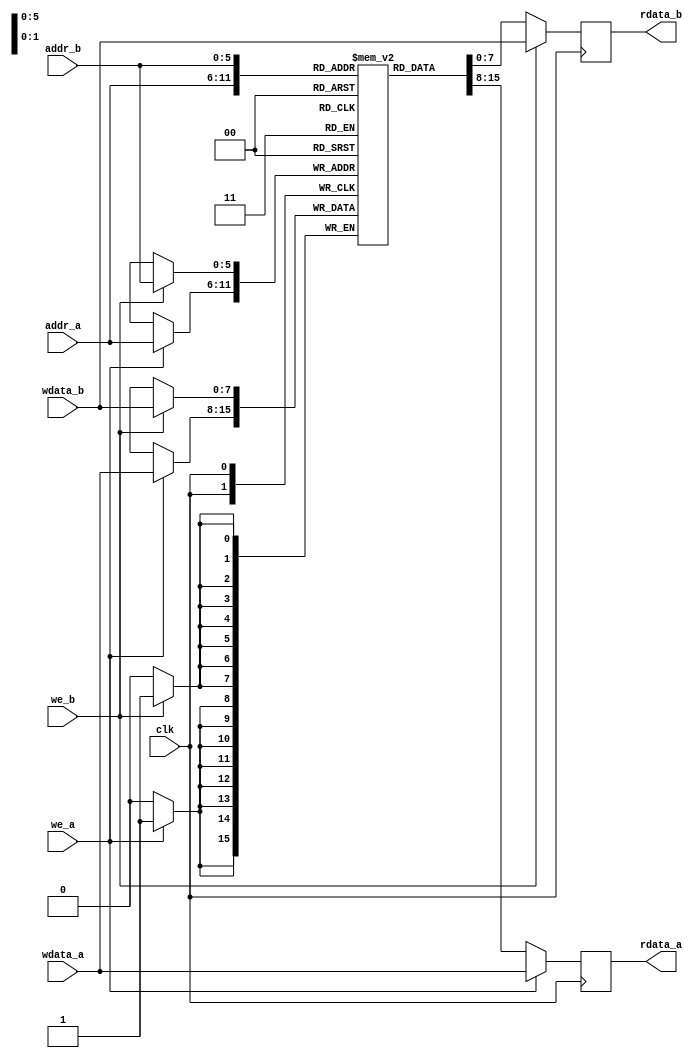
module dpram
#(parameter DATA_WIDTH = 8, ADDR_WIDTH = 6)
(
	input [(DATA_WIDTH-1):0] wdata_a, wdata_b,
	input [(ADDR_WIDTH-1):0] addr_a, addr_b,
	input we_a, we_b, clk,
	output reg [(DATA_WIDTH-1):0] rdata_a, rdata_b
);


	// Declare the RAM variable
	reg [DATA_WIDTH-1:0] ram[2**ADDR_WIDTH-1:0];

	always @ (posedge clk)
	begin // Port a
		if (we_a)
		begin
			ram[addr_a] <= wdata_a;
			rdata_a <= wdata_a;
		end
		else
			rdata_a <= ram[addr_a];
	end
	always @ (posedge clk)
	begin // Port b
		if (we_b)
		begin
			ram[addr_b] <= wdata_b;
			rdata_b <= wdata_b;
		end
		else
			rdata_b <= ram[addr_b];
	end
endmodule